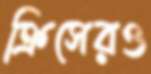
ক্রিসেরও